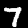
Digit: 7